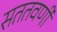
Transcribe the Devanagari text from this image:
सततवर्णी